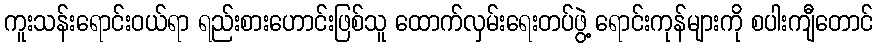
ကူးသန်းရောင်းဝယ်ရာ ရည်းစားဟောင်းဖြစ်သူ ထောက်လှမ်းရေးတပ်ဖွဲ့ ရောင်းကုန်များကို စပါးကျီတောင်